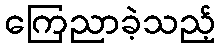
ကြေညာခဲ့သည့်